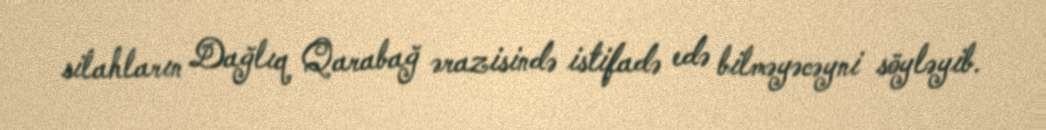
silahların Dağlıq Qarabağ ərazisində istifadə edə bilməyəcəyni söyləyib.